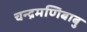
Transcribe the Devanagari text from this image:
चन्द्रमणिबाबु